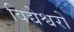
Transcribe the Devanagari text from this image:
विद्येश्वरों